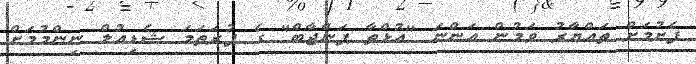
ފެށުމަށް ތައްޔާރު ވަމުން އަންނަ "އުޅްތާ ޕަންޖާބް" ގެ ފުރަތަމަ ޝެޑިއުލް ނިންމުމަށް